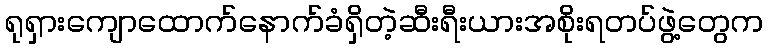
ရုရှားကျောထောက်နောက်ခံရှိတဲ့ဆီးရီးယားအစိုးရတပ်ဖွဲ့တွေက